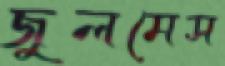
জুলমেস